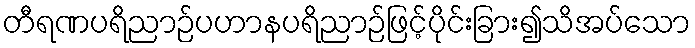
တီရဏပရိညာဉ်ပဟာနပရိညာဉ်ဖြင့်ပိုင်းခြား၍သိအပ်သော